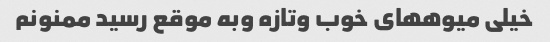
خیلی میوههای خوب وتازه وبه موقع رسید ممنونم